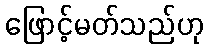
ဖြောင့်မတ်သည်ဟု